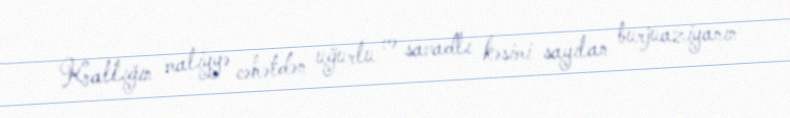
Krallığın maliyyə cəhətdən uğurlu və savadlı kəsimi sayılan burjuaziyanın